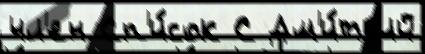
чл'ен Сп'и́сок С Дм'и́тр'ий